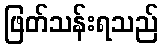
ဖြတ်သန်းရသည်